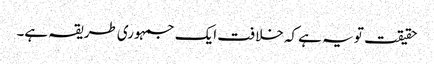
حقیقت تو یہ ہے کہ خلافت ایک جمہوری طریقہ ہے۔